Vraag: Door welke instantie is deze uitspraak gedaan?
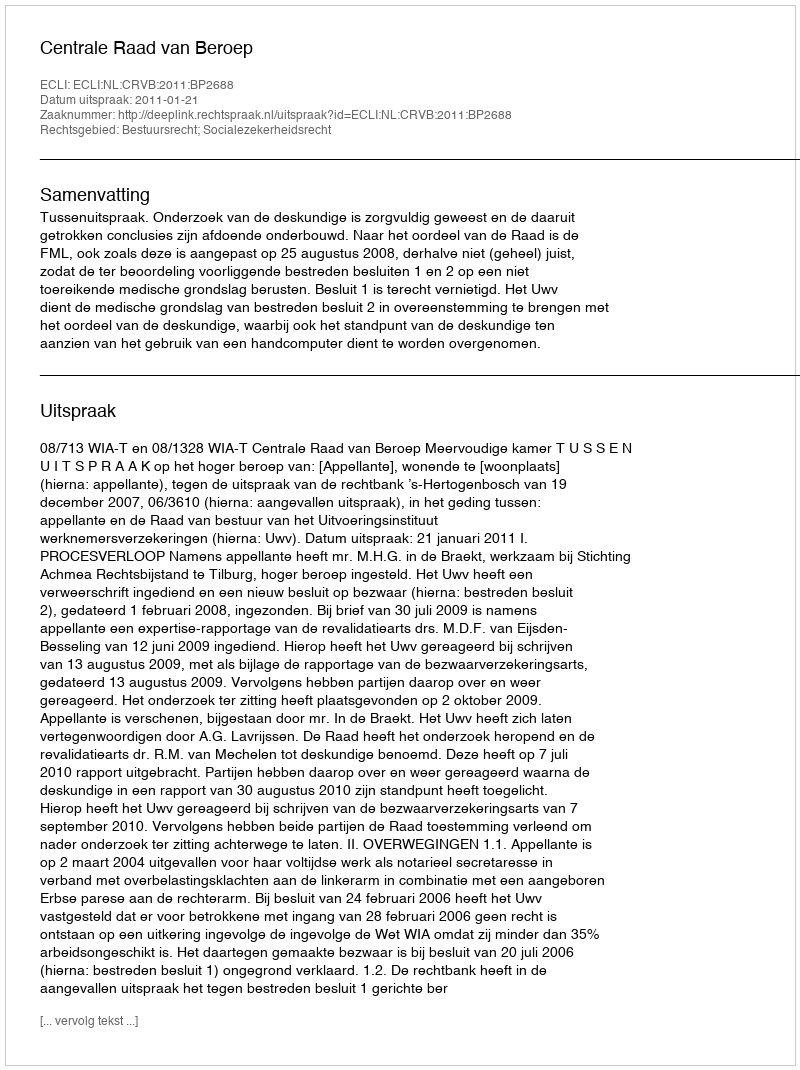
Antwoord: Centrale Raad van Beroep